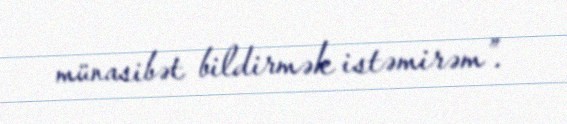
münasibət bildirmək istəmirəm”.